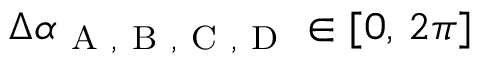
\Delta \alpha _ { \mathrm { ~ A ~ , ~ B ~ , ~ C ~ , ~ D ~ } } \in [ 0 , \, 2 \pi ]